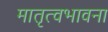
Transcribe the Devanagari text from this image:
मातृत्वभावना